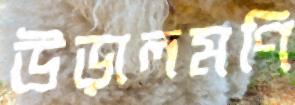
উড়ালমণি